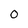
Character: 0